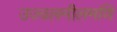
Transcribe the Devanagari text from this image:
उज्वलनीलमणि